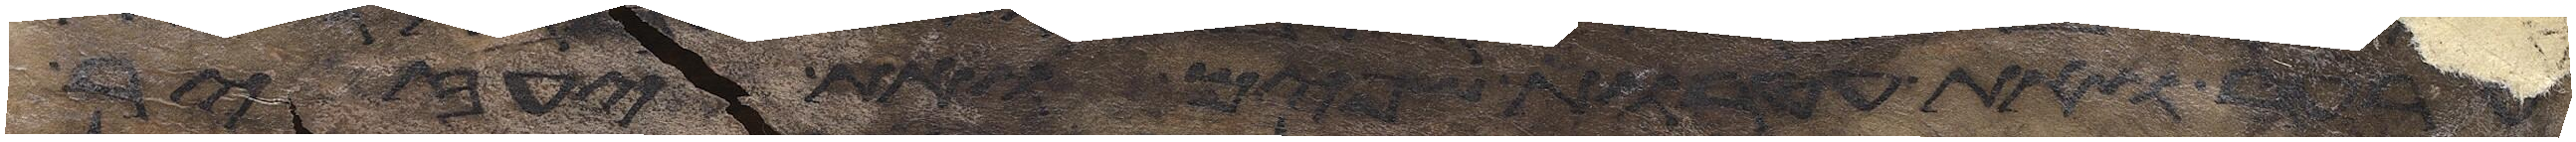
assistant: לו את נדב ואת אביהוא את אלעזר